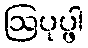
ဩပုပ္ဖါ